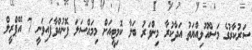
ސަރުކާރުގެ މަސްއޫލިއްޔަތު އަދާކުރާ މިންވަރު ބަލާ ކޮމިޓީއަށް މިމައްސަލަ ފޮނުއްވާފައިވަނީ 7 އޭޕްރީލް